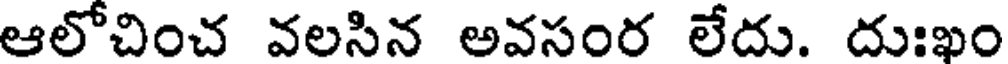
ఆలోచించ వలసిన అవసంర లేదు. దుఃఖం